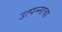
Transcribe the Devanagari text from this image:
उत्पन्‍नाचा